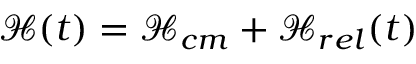
\mathcal { H } ( t ) = \mathcal { H } _ { c m } + \mathcal { H } _ { r e l } ( t )